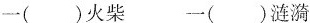
一( )火柴 一( )涟漪